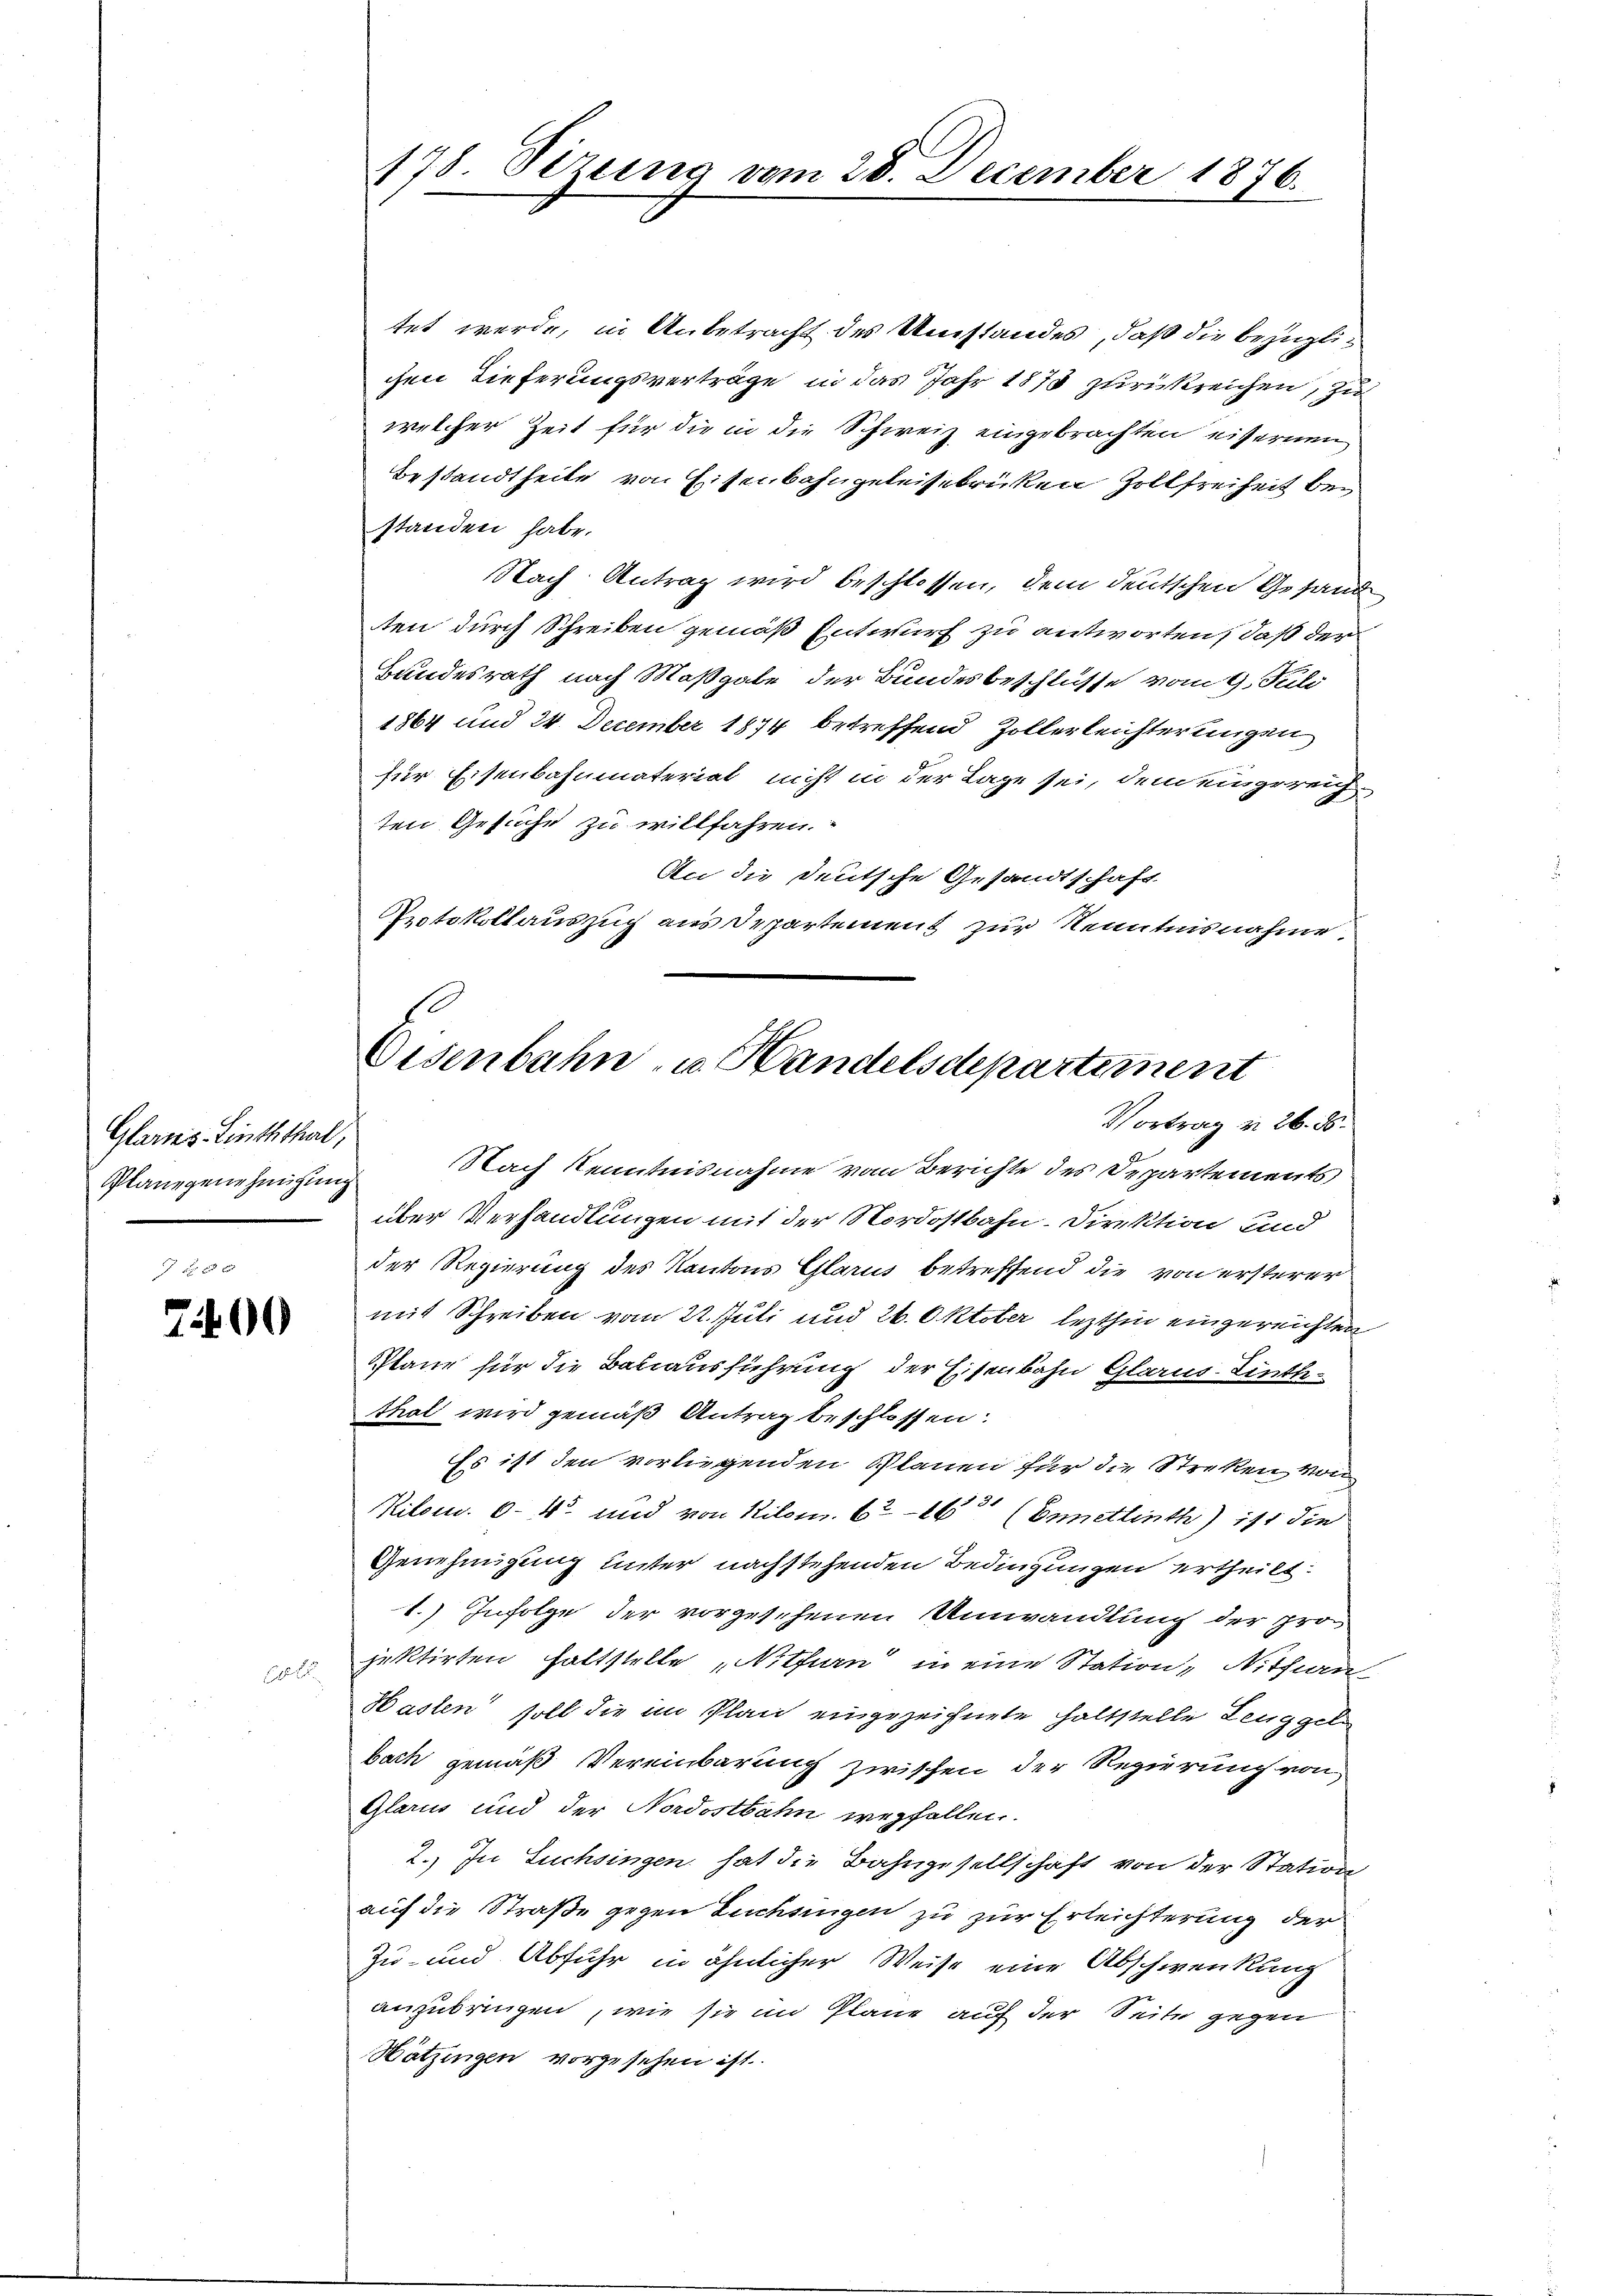
Glarnes Linththal,
Plane genehmigung

700

d

178. Sezung vom 28. December 1876.

tet werde, in Anbetracht des Umstandes, daß die bezüglichen Tieferungsverträge in das Jahr 1873 zurückreichen, zu
welcher Zeit für die in die Schweiz eingebrachten eisernen
Bestandtheite von Eisenbahngeleisebrüken Zollfreiheit bestanden habe.
Nach Antrag wird beschlossen, dem deutschen Gesand
ten durch Schreiben gemäß Entwurf zu antworten, daß der
Handesrath nach Maßgabe der Bundesbeschlüsse vom 9. Juli
1864 und 24. Dezember 1874 betreffend Zollerleichterungen
für Eisenbahnmaterial nicht in der Lage sei, dem eingereichten Gesuche zu willfahren
Ac die Deutsche Gesandtschaft
Protokollauszug aus Departement zur Kenntnisnahme.
Nach Kenntnisnahme vom Berichte des Departements
über Verhandlungen mit der Nordostbahn-Direktion und
der Regierung des Kantons Glarus betreffend die von ersterer
mit Schreiben vom 22. Juli und 26. Oktober lezthin eingereichten
Plane für die Bauausführung der Eisenbahn Glarus-Linththal wird gemäß Antrag beschlossen:
Es ist den vorliegenden Planen für die Streken, von
Kilom. 64 und von Kilom. 616 (Ennetlinth) ist die
Genehmigung unter nachstehenden Bedingungen ertheilt:
1.) Infolge der vorgesehenen Umwandlung der pros
jektirten haltstelle „Nithurn in eine Station „Nitfun
Hasten soll die im Plan eingezeichnete haltstelle Zeuggel
bach gemäß Vereinbarung zwischen der Regierung von
Glarus und der Nordostbahn wegfallen.
2.) In Suchsingen hat die Bahngesellschaft von der Station
auf die Straße gegen Luchsingen zu zur Erleichterung der
Zu- und Abfuhr in ähnlicher Weise eine Abschwenkung
anzubringen, wie sie im Plane auf der Seite gegen
Mätzingen vorgesehen ist.

Eisenbahn- u. Handelsdepartement
Vortrag v. 26. 86.